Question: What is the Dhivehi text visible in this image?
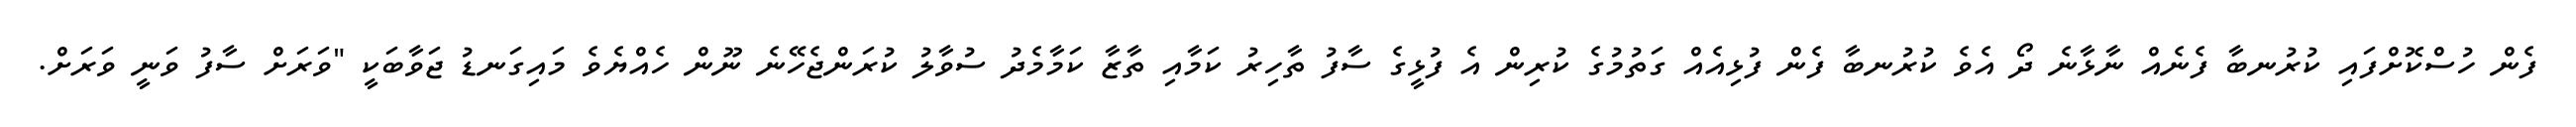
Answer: ފެން ހުސްކޮށްފައި ކުރުނބާ ފެނެއް ނާޅާނެ ދޯ އެވެ ކުރުނބާ ފެން ފުޅިއެއް ގަތުމުގެ ކުރިން އެ ފުޅީގެ ސާފު ތާހިރު ކަމާއި ތާޒާ ކަމާމެދު ސުވާލު ކުރަންޖެހޭނެ ނޫން ހެއްޔެވެ މައިގަނޑު ޖަވާބަކީ "ވަރަށް ސާފު ވަނީ ވަރަށް.